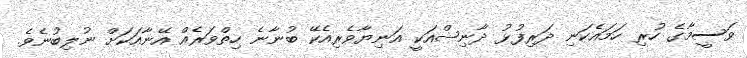
ވަސީމާގެ ހުރި ހަމައެކަނި ދަރިފުޅު ދާނިޝްއަކީ އަނިޔާވެރިއެކޭ ބުނާނެ ހިތްވަރެއް އޭނާއަކަށް ނުލިބުނެވެ.